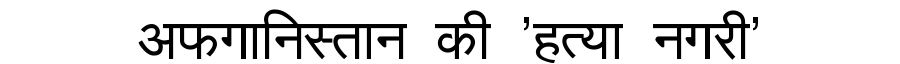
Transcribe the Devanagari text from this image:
अफगानिस्तान की 'हत्या नगरी'